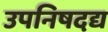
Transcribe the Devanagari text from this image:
उपनिषदद्य